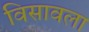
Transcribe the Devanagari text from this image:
विसावला